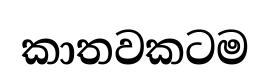
කාතවකටම